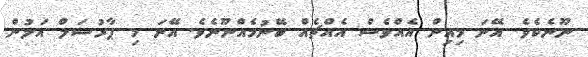
ނޫނެކެވެ. އޭނަ މިއިން އެއްވެސް އެއްޗެއް ބޭނުމެއްނޫނެވެ. އޭނަ މި ޕާރުސަލް އަލުން